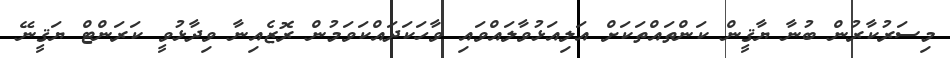
މިސަރުކާރުން ބުނާ ޔާޤީން ކަންތައްތަކަށް އަލިއަޅުވާލައްވައި ވާހަކަދައްކަވަމުން ރޮޒެއިނާ ވިދާޅުވީ ކަރަންޓް ޔަޤީނޭ